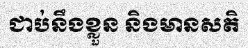
ជាប់នឹងខ្លួន និងមានសតិ